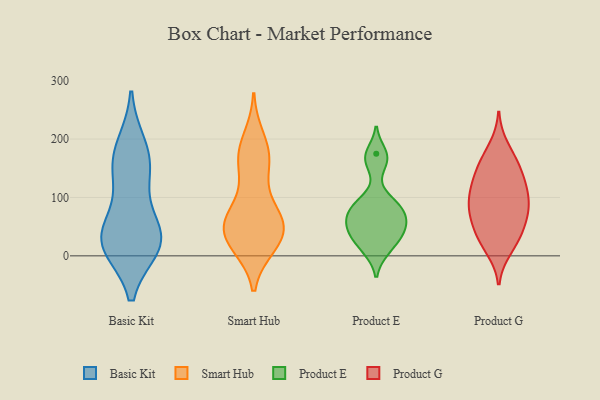
{"axis": {"x": "Net Income (USD K)", "y": "Value"}, "legend": ["Basic Kit", "Product E", "Product G", "Smart Hub"], "data": [{"x": "", "y": 155, "type": "Basic Kit"}, {"x": "", "y": 28, "type": "Basic Kit"}, {"x": "", "y": 127, "type": "Basic Kit"}, {"x": "", "y": 29, "type": "Basic Kit"}, {"x": "", "y": 50, "type": "Basic Kit"}, {"x": "", "y": 188, "type": "Basic Kit"}, {"x": "", "y": 17, "type": "Basic Kit"}, {"x": "", "y": 167, "type": "Basic Kit"}, {"x": "", "y": 26, "type": "Basic Kit"}, {"x": "", "y": 19, "type": "Basic Kit"}, {"x": "", "y": 48, "type": "Smart Hub"}, {"x": "", "y": 171, "type": "Smart Hub"}, {"x": "", "y": 139, "type": "Smart Hub"}, {"x": "", "y": 52, "type": "Smart Hub"}, {"x": "", "y": 60, "type": "Smart Hub"}, {"x": "", "y": 19, "type": "Smart Hub"}, {"x": "", "y": 20, "type": "Smart Hub"}, {"x": "", "y": 59, "type": "Smart Hub"}, {"x": "", "y": 27, "type": "Smart Hub"}, {"x": "", "y": 169, "type": "Smart Hub"}, {"x": "", "y": 68, "type": "Smart Hub"}, {"x": "", "y": 29, "type": "Smart Hub"}, {"x": "", "y": 170, "type": "Smart Hub"}, {"x": "", "y": 75, "type": "Smart Hub"}, {"x": "", "y": 200, "type": "Smart Hub"}, {"x": "", "y": 80, "type": "Product E"}, {"x": "", "y": 60, "type": "Product E"}, {"x": "", "y": 91, "type": "Product E"}, {"x": "", "y": 165, "type": "Product E"}, {"x": "", "y": 39, "type": "Product E"}, {"x": "", "y": 163, "type": "Product E"}, {"x": "", "y": 57, "type": "Product E"}, {"x": "", "y": 72, "type": "Product E"}, {"x": "", "y": 44, "type": "Product E"}, {"x": "", "y": 11, "type": "Product E"}, {"x": "", "y": 91, "type": "Product E"}, {"x": "", "y": 41, "type": "Product E"}, {"x": "", "y": 175, "type": "Product E"}, {"x": "", "y": 78, "type": "Product E"}, {"x": "", "y": 32, "type": "Product E"}, {"x": "", "y": 10, "type": "Product E"}, {"x": "", "y": 147, "type": "Product G"}, {"x": "", "y": 121, "type": "Product G"}, {"x": "", "y": 86, "type": "Product G"}, {"x": "", "y": 186, "type": "Product G"}, {"x": "", "y": 113, "type": "Product G"}, {"x": "", "y": 158, "type": "Product G"}, {"x": "", "y": 37, "type": "Product G"}, {"x": "", "y": 98, "type": "Product G"}, {"x": "", "y": 81, "type": "Product G"}, {"x": "", "y": 60, "type": "Product G"}, {"x": "", "y": 162, "type": "Product G"}, {"x": "", "y": 71, "type": "Product G"}, {"x": "", "y": 65, "type": "Product G"}, {"x": "", "y": 133, "type": "Product G"}, {"x": "", "y": 31, "type": "Product G"}, {"x": "", "y": 23, "type": "Product G"}, {"x": "", "y": 12, "type": "Product G"}, {"x": "", "y": 105, "type": "Product G"}]}